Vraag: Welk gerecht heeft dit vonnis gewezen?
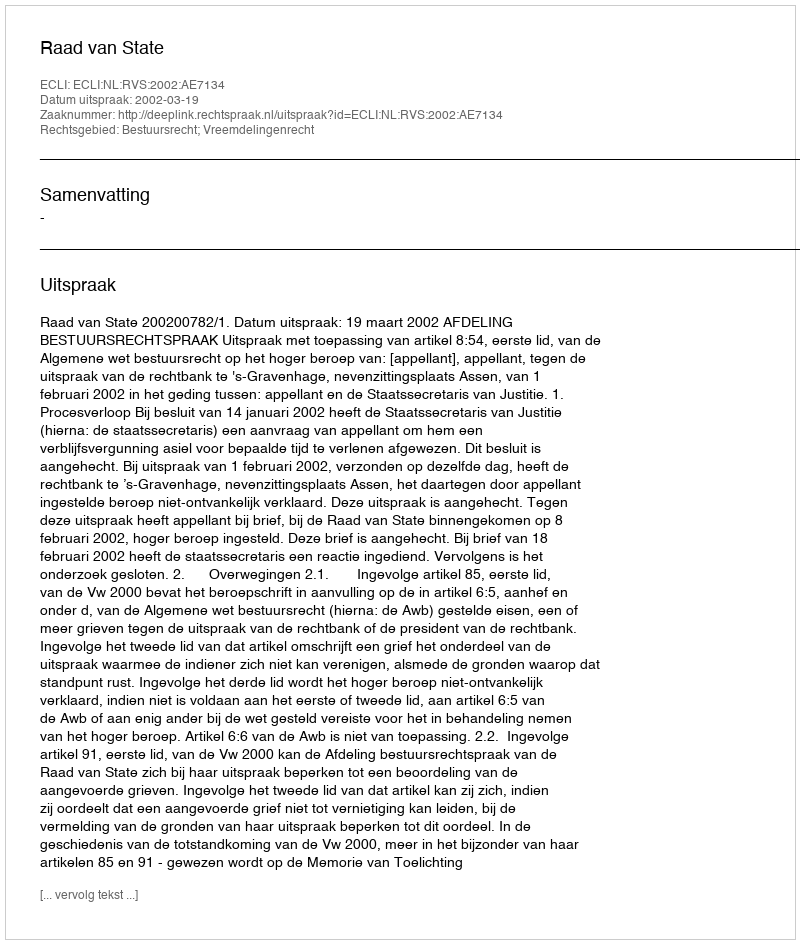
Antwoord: Raad van State